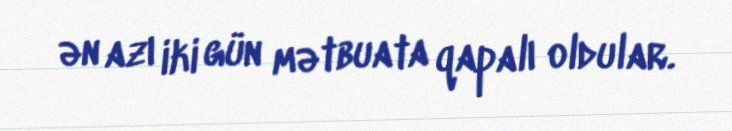
ən azı iki gün mətbuata qapalı oldular.